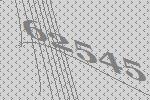
62545